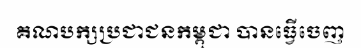
គណបក្សប្រជាជនកម្ពុជា បានធ្វើចេញ